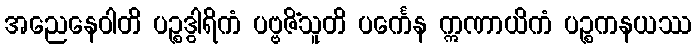
အညေနေဝါတိ ပဉ္စဒွါရိကံ ပဗ္ဗဇိံသူတိ ပင်္ကေန ဣဏာယိကံ ပဉ္စကနယဿ